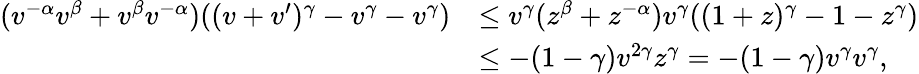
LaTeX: \begin{array}{rl}{(v^{-\alpha}v^{\beta}+v^{\beta}v^{-\alpha})((v+v^{\prime})^{\gamma}-v^{\gamma}-v^{\gamma})}&{\leq v^{\gamma}(z^{\beta}+z^{-\alpha})v^{\gamma}((1+z)^{\gamma}-1-z^{\gamma})}\\ &{\leq-(1-\gamma)v^{2\gamma}z^{\gamma}=-(1-\gamma)v^{\gamma}v^{\gamma},}\end{array}